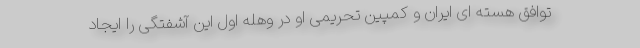
توافق هسته ای ایران و کمپین تحریمی او در وهله اول این آشفتگی را ایجاد